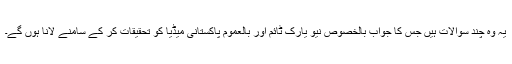
یہ وہ چند سوالات ہیں جس کا جواب بالخصوص نیو یارک ٹائم اور بالعموم پاکستانی میڈیا کو تحقیقات کر کے سامنے لانا ہوں گے۔